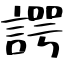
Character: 諤